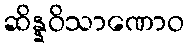
ဆိန္နဝိသာဏောဝ